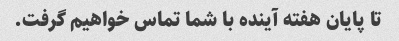
تا پایان هفته آینده با شما تماس خواهیم گرفت.